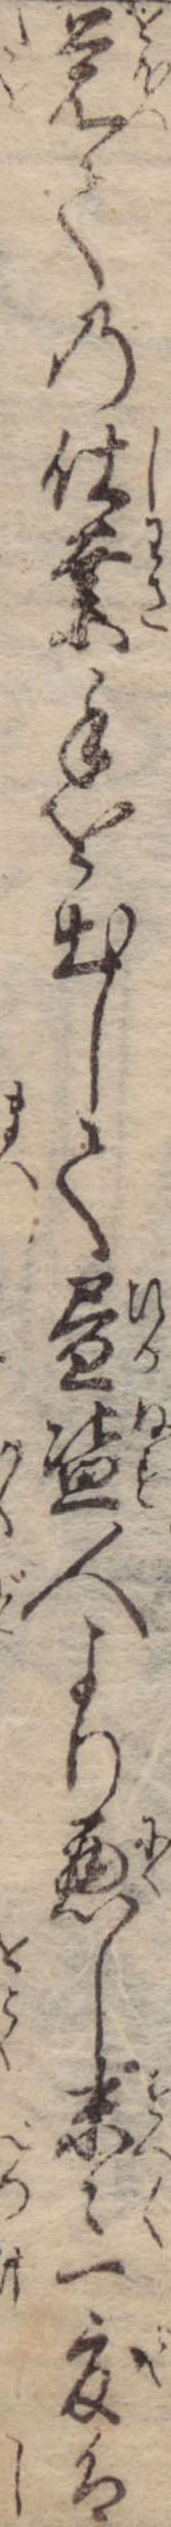
覚ての仕業手を出して昼盗人より悪し末々一度は